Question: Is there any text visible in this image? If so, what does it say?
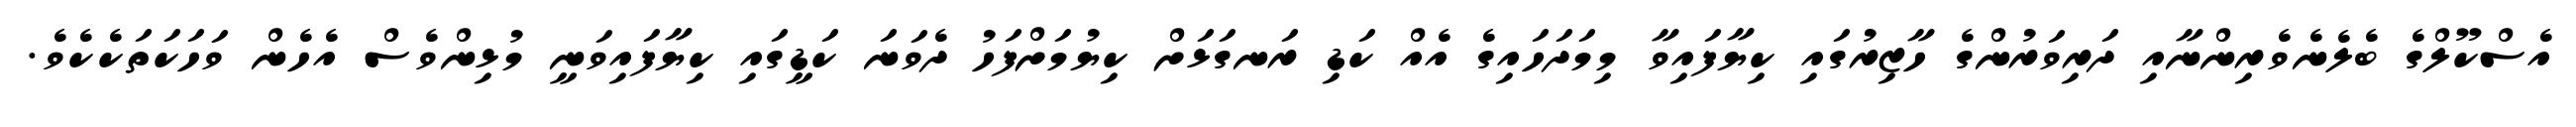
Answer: އެސްކޫލްގެ ބެލެނެވެރިންނާއި ދަރިވަރުންގެ ހާޒިރުގައި ކިޔާފައިވާ މިމަދަހައިގެ އެއް ކަޑި ރަނގަޅަށް ކިޔުމަށްފަހު ދެވަނަ ކަޑީގައި ކިޔާފައިވަނީ މުޅިންވެސް އެހެން ވަހަކަތަކެކެވެ.